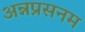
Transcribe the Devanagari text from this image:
अन्नप्रसनम